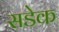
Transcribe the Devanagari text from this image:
सडेक